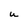
Character: U